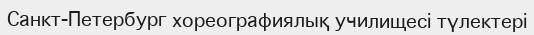
Санкт-Петербург хореографиялық училищесі түлектері